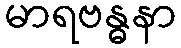
မာရဗန္ဓနာ